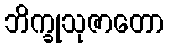
ဘိက္ခုသုဇာတော